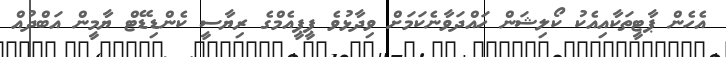
އެހެން ޕާޓީތަކާއިއެކު ކޯލިޝަން ހައްދަވާނެކަމަށް ވިދާޅުވެ ޕީޕީއެމްގެ ރިޔާސީ ކެންޑިޑޭޓް ޔާމީން އަބްދުއް